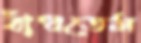
বাঁধতেম